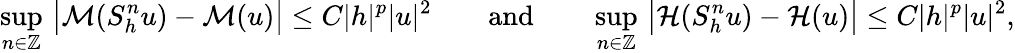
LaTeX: \operatorname*{sup}_{n\in\mathbb{Z}}\, \big|\mathcal{M}(S_{h}^{n}u)-\mathcal{M}(u)\big|\leq C|h|^{p}|u|^{2}\qquad\mathrm{and}\qquad\operatorname*{sup}_{n\in\mathbb{Z}}\, \big|\mathcal{H}(S_{h}^{n}u)-\mathcal{H}(u)\big|\leq C|h|^{p}|u|^{2},